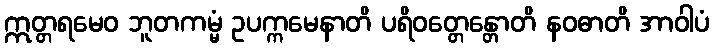
ဣတ္တရမေဝ ဘူတကမ္မံ ဥပက္ကမေနာတိ ပရိဝတ္တေန္တောတိ နဝဓာတိ အာဝါပံ